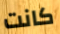
كانت